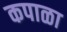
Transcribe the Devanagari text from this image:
कपाळा